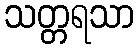
သတ္တရသာ